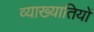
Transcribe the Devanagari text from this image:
व्याख्यातियों